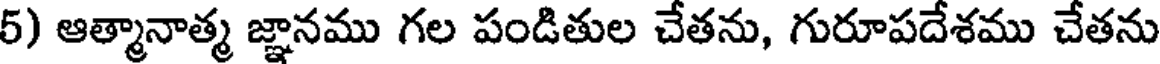
5) ఆత్మానాత్మ జ్ఞానము గల పండితుల చేతను, గురూపదేశము చేతను